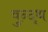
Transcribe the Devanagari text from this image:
वुन्द्थ